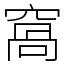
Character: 窩